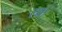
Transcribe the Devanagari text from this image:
रक्षां